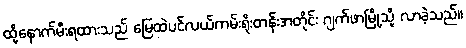
ထို့နောက်မီးရထားသည် မြေထဲပင်လယ်ကမ်းရိုးတန်းအတိုင်း ဂျက်ဖာမြို့သို့ လာခဲ့သည်။